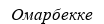
Омарбекке